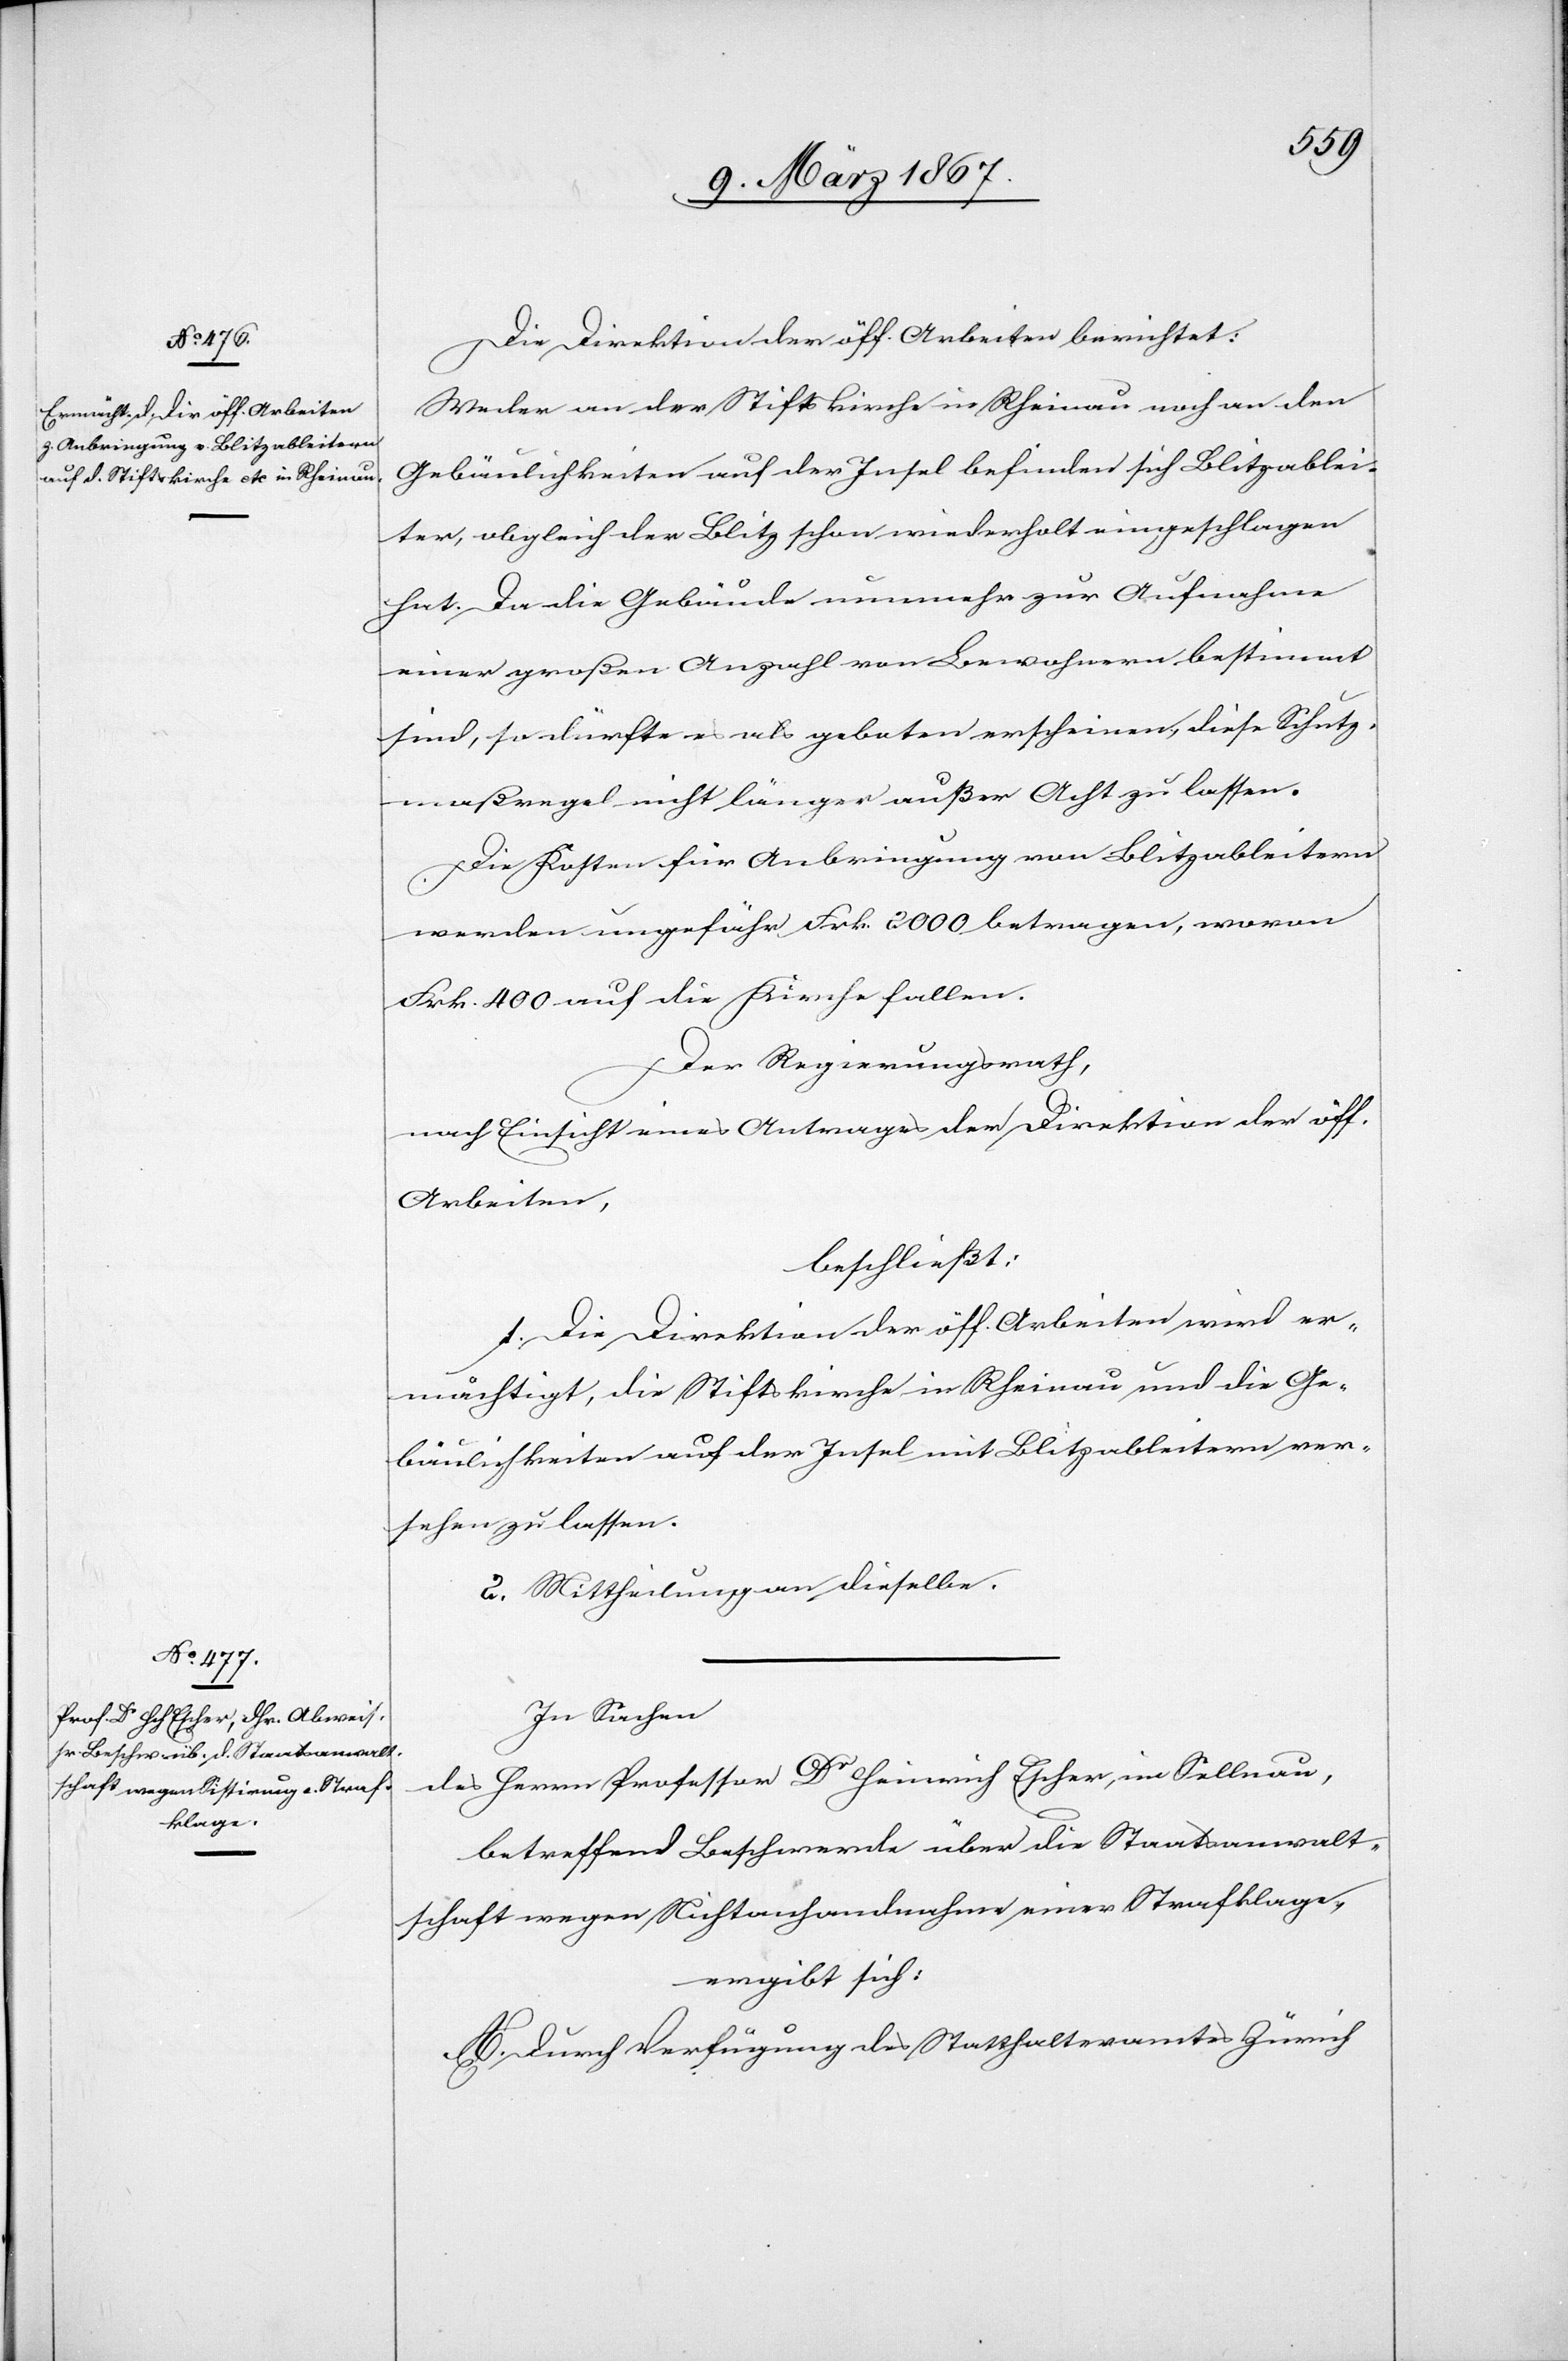
Die Direktion der öff. Arbeiten berichtet:
Weder an der Stiftskirche in Rheinau noch an den
Gebäulichkeiten auf der Insel befinden sich Blitzablei¬
ter, obgleich der Blitz schon wiederholt eingeschlagen
hat. Da die Gebäude nunmehr zur Aufnahme
einer großen Anzahl von Bewohnern bestimmt
sind, so dürfte es als geboten erscheinen, diese Schutz¬
maßregel nicht länger außer Acht zu lassen.
Die Kosten für Anbringung von Blitzableitern
werden ungefähr Frk. 2000 betragen, wovon
Frk. 400 auf die Kirche fallen.
Der Regierungsrath,
nach Einsicht eines Antrages der Direktion der öff.
Arbeiten,
beschließt:
1. Die Direktion der öff. Arbeiten wird er¬
mächtigt, die Stiftskirche in Rheinau und die Ge¬
bäulichkeiten auf der Insel mit Blitzableitern ver¬
sehen zu lassen.
2. Mittheilung an dieselbe.
In Sachen
des Herrn Professor Dr Heinrich Escher, in Sellnau,
betreffend Beschwerde über die Staatsanwalt¬
schaft wegen Nichtanhandnahme einer Strafklage,
ergibt sich:
A. Durch Verfügung des Statthalteramtes Zürich